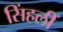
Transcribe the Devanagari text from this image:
सिंहलीं